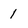
Character: 1